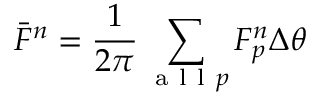
\bar { F } ^ { n } = \frac { 1 } { 2 \pi } \sum _ { \mathrm { ~ a ~ l ~ l ~ } p } F _ { p } ^ { n } \Delta \theta